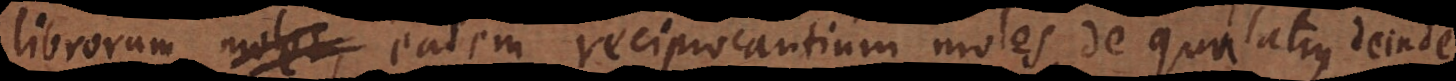
librorum moles eadem reciprocantium moles, de qua latius